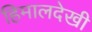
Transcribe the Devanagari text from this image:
हिमालदेखी